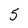
Character: 5